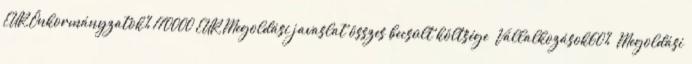
EUR▪Önkormányzatok% 170000 EUR▪Megoldási javaslat összes becsült költsége ▪Vállalkozások60% ▪Megoldási